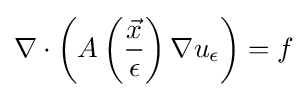
\nabla \cdot \left(A\left({\frac {\vec {x}}{\epsilon }}\right)\nabla u_{\epsilon }\right)=f